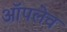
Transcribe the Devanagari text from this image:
ऑपलेव